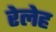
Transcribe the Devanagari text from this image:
रेलेह